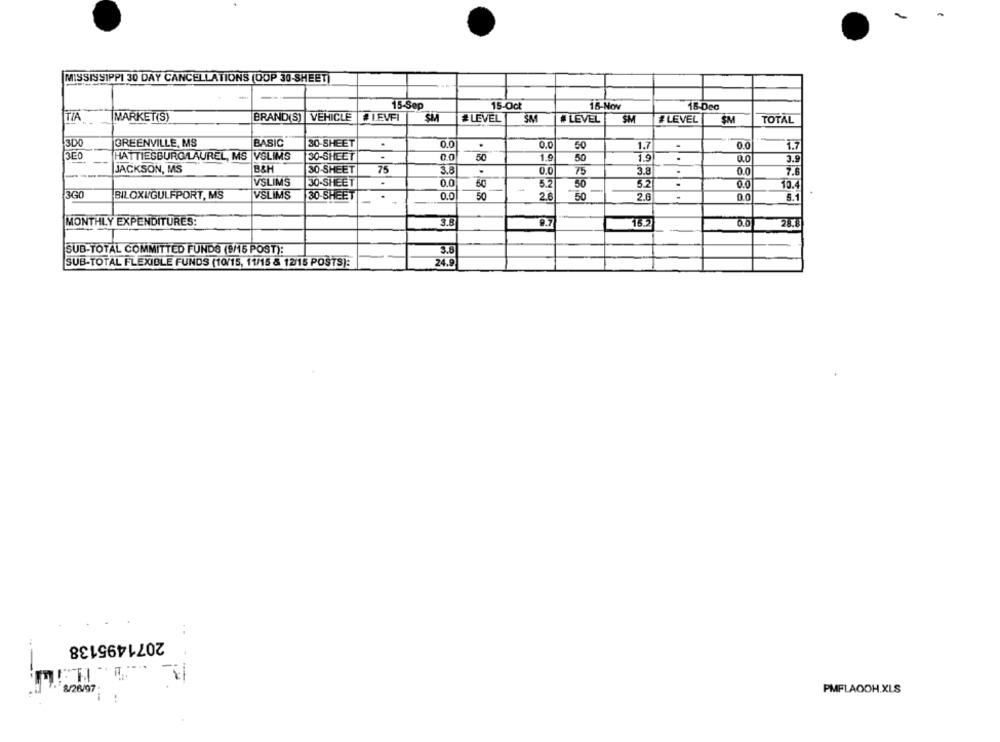
MISSISSIPPI 30 DAY CANCELLATIONS (OOP 30-SHEET)
15-Sep
15-Oct
15-Nov
15-Dec
TIA
MARKET(S)
BRAND(S) VEHICLE
BLEVFI
# LEVEL
# LEVEL
SM
#LEVEL
SN
TOTAL
GREENVILLE, MS
.
1300
BASIC
30-SHEET
0.0
.
0.0
1.7
0.0
1.7
3E0
30-SHEET
HATTIESBURGLAUREL, MS VSLIMS
0.0
50
1.9
50
1.9
.
0.0
3.9
JACKSON, MS
B&H
30 -SHEET
75
0.0
75
3.8
.
00
VSLIMS
30-SHEET
0.0
50
5.2
50
5.2
.
0.0
10.4
3G0
BILOXI/GULFPORT, MS
VSLIMS
30-SHEET
.
0.0
50
2.6
50
2.6
0.0
5.1
MONTHLY EXPENDITURES:
3.8
15.2
0.0
28.8
SUB-TOTAL COMMITTED FUNDS (9/15 POST):
5.8
SUB-TOTAL FLEXIBLE FUNDS (10/15, 11/15 & 12/15 POSTS):
24.9
2071495138
8/26/97
PMFLAOOH.XLS